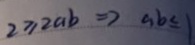
2 \geq 2 a b \Rightarrow a b \leq 1